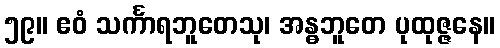
၅၉။ ဧဝံ သင်္ကာရဘူတေသု၊ အန္ဓဘူတေ ပုထုဇ္ဇနေ။